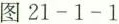
图21-1-1